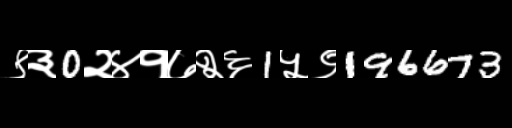
Text: ९३0२४१७२६1५९196673